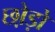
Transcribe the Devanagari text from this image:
छो़ड़ो